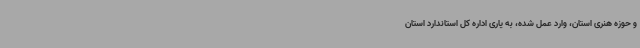
و حوزه هنری استان، وارد عمل شده، به یاری اداره کل استاندارد استان